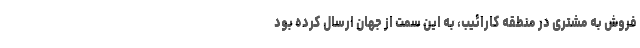
فروش به مشتری در منطقه کارائیب، به این سمت از جهان ارسال کرده بود